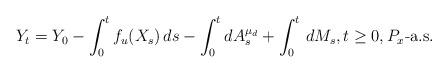
LaTeX: \begin{align*} Y_t=Y_0-\int_0^tf_u(X_s)\,ds-\int^t_0dA^{\mu_d}_s+\int_0^t\,dM_s, t\ge 0,P_x\mbox{-a.s.}\end{align*}